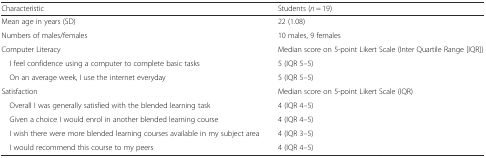
<table><thead><tr><td><b>Characteristic</b></td><td><b>Students (<i>n</i> = 19)</b></td></tr></thead><tbody><tr><td>Mean age in years (SD)</td><td>22 (1.08)</td></tr><tr><td>Numbers of males/females</td><td>10 males, 9 females</td></tr><tr><td>Computer Literacy</td><td>Median score on 5-point Likert Scale (Inter Quartile Range [IQR])</td></tr><tr><td> I feel confidence using a computer to complete basic tasks</td><td>5 (IQR 5–5)</td></tr><tr><td> On an average week, I use the internet everyday</td><td>5 (IQR 5–5)</td></tr><tr><td>Satisfaction</td><td>Median score on 5-point Likert Scale (IQR)</td></tr><tr><td> Overall I was generally satisfied with the blended learning task</td><td>4 (IQR 4–5)</td></tr><tr><td> Given a choice I would enrol in another blended learning course</td><td>4 (IQR 4–5)</td></tr><tr><td> I wish there were more blended learning courses available in my subject area</td><td>4 (IQR 3–5)</td></tr><tr><td> I would recommend this course to my peers</td><td>4 (IQR 4–5)</td></tr></tbody></table>